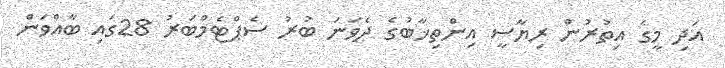
އަދި މީގެ އިތުރުން ރިޔާސީ އިންތިޚާބުގެ ދެވަނަ ބުރު ސެޕްޓެމްބަރު 28ގައި ބާއްވަން